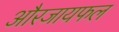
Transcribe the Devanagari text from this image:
औरजायफल